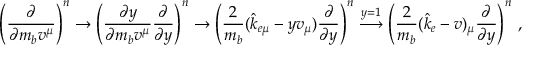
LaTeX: \left( { \frac { \partial } { \partial m _ { b } v ^ { \mu } } } \right) ^ { n } \rightarrow \left( { \frac { \partial y } { \partial m _ { b } v ^ { \mu } } } { \frac { \partial } { \partial y } } \right) ^ { n } \rightarrow \left( { \frac { 2 } { m _ { b } } } ( \hat { k } _ { e \mu } - y v _ { \mu } ) { \frac { \partial } { \partial y } } \right) ^ { n } \mathrel { \mathop { \longrightarrow } ^ { y = 1 } } \left( { \frac { 2 } { m _ { b } } } ( \hat { k } _ { e } - v ) _ { \mu } { \frac { \partial } { \partial y } } \right) ^ { n } \, ,